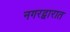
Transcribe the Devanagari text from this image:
नगरद्वारात